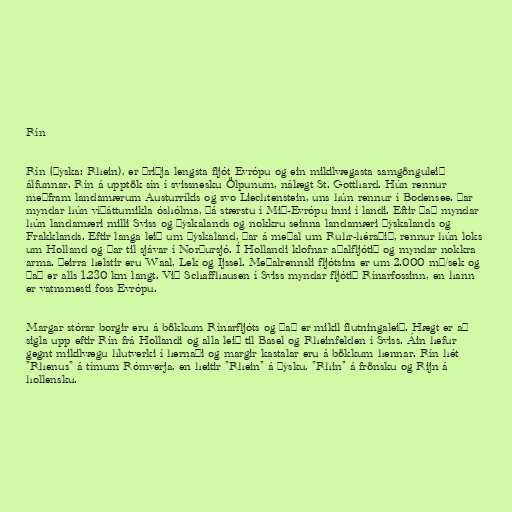
Rín

Rín (þýska: Rhein), er þriðja lengsta fljót Evrópu og ein mikilvægasta samgönguleið
álfunnar. Rín á upptök sín í svissnesku Ölpunum, nálægt St. Gotthard. Hún rennur
meðfram landamærum Austurríkis og svo Liechtenstein, uns hún rennur í Bodensee. Þar
myndar hún víðáttumikla óshólma, þá stærstu í Mið-Evrópu inni í landi. Eftir það myndar
hún landamæri milli Sviss og Þýskalands og nokkru seinna landamæri Þýskalands og
Frakklands. Eftir langa leið um Þýskaland, þar á meðal um Ruhr-héraðið, rennur hún loks
um Holland og þar til sjávar í Norðursjó. Í Hollandi klofnar aðalfljótið og myndar nokkra
arma. Þeirra helstir eru Waal, Lek og Ijssel. Meðalrennsli fljótsins er um 2.000 m³/sek og
það er alls 1.230 km langt. Við Schaffhausen í Sviss myndar fljótið Rínarfossinn, en hann
er vatnsmesti foss Evrópu.

Margar stórar borgir eru á bökkum Rínarfljóts og það er mikil flutningaleið. Hægt er að
sigla upp eftir Rín frá Hollandi og alla leið til Basel og Rheinfelden í Sviss. Áin hefur
gegnt mikilvægu hlutverki í hernaði og margir kastalar eru á bökkum hennar. Rín hét
"Rhenus" á tímum Rómverja, en heitir "Rhein" á þýsku, "Rhin" á frönsku og Rijn á
hollensku.